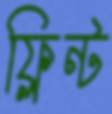
ফ্লিন্ট